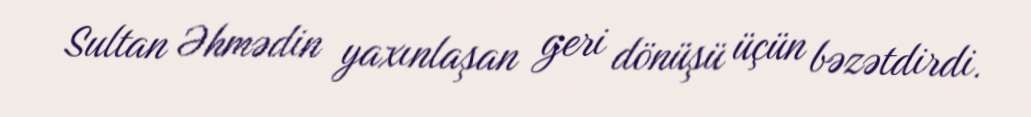
Sultan Əhmədin yaxınlaşan geri dönüşü üçün bəzətdirdi.